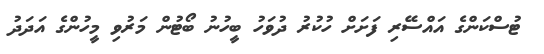
ޓުސްކަންގެ އައްސޭރި ފަށަށް ހުކުރު ދުވަހު ބީހުނު ބޯޓުން މަރުވި މީހުންގެ އަދަދު